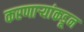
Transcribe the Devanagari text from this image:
करणाऱ्यांकडून